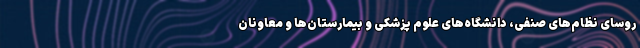
روسای نظام‌های صنفی، دانشگاه‌های علوم پزشکی و بیمارستان‌ها و معاونان